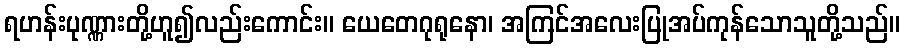
ရဟန်းပုဏ္ဏားတို့ဟူ၍လည်းကောင်း။ ယေတေဂုရုနော၊ အကြင်အလေးပြုအပ်ကုန်သောသူတို့သည်။